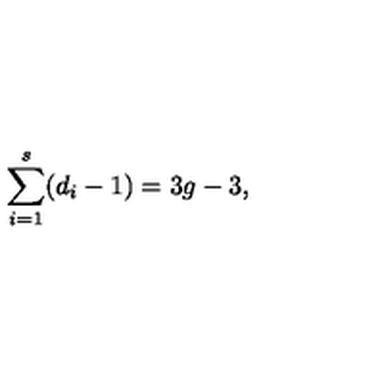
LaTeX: \sum _ { i = 1 } ^ { s } ( d _ { i } - 1 ) = 3 g - 3 ,